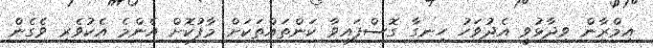
އިމްރާން ވިދާޅުވީ އެދުވަހު ހިނގާ ގޮސްފައިވާ ކަންތައްތަކަށް މާފުކޮށް އެންމެ އެކުވެރި ވެގެން